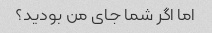
اما اگر شما جای من بودید؟